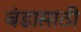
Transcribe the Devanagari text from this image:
बंडासाठी